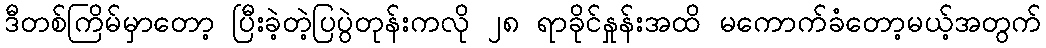
ဒီတစ်ကြိမ်မှာတော့ ပြီးခဲ့တဲ့ပြပွဲတုန်းကလို ၂၈ ရာခိုင်နှုန်းအထိ မကောက်ခံတော့မယ့်အတွက်